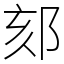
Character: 郂